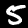
Digit: 5